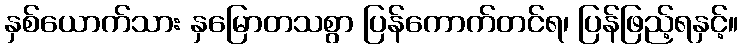
နှစ်ယောက်သား နှမြောတသစွာ ပြန်ကောက်တင်ရ၊ ပြန်ဖြည့်ရနှင့်။